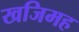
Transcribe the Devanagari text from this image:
खजिमह